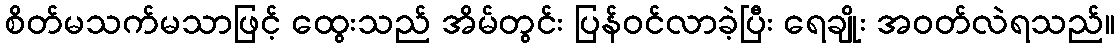
စိတ်မသက်မသာဖြင့် ထွေးသည် အိမ်တွင်း ပြန်ဝင်လာခဲ့ပြီး ရေချိုး အဝတ်လဲရသည်။